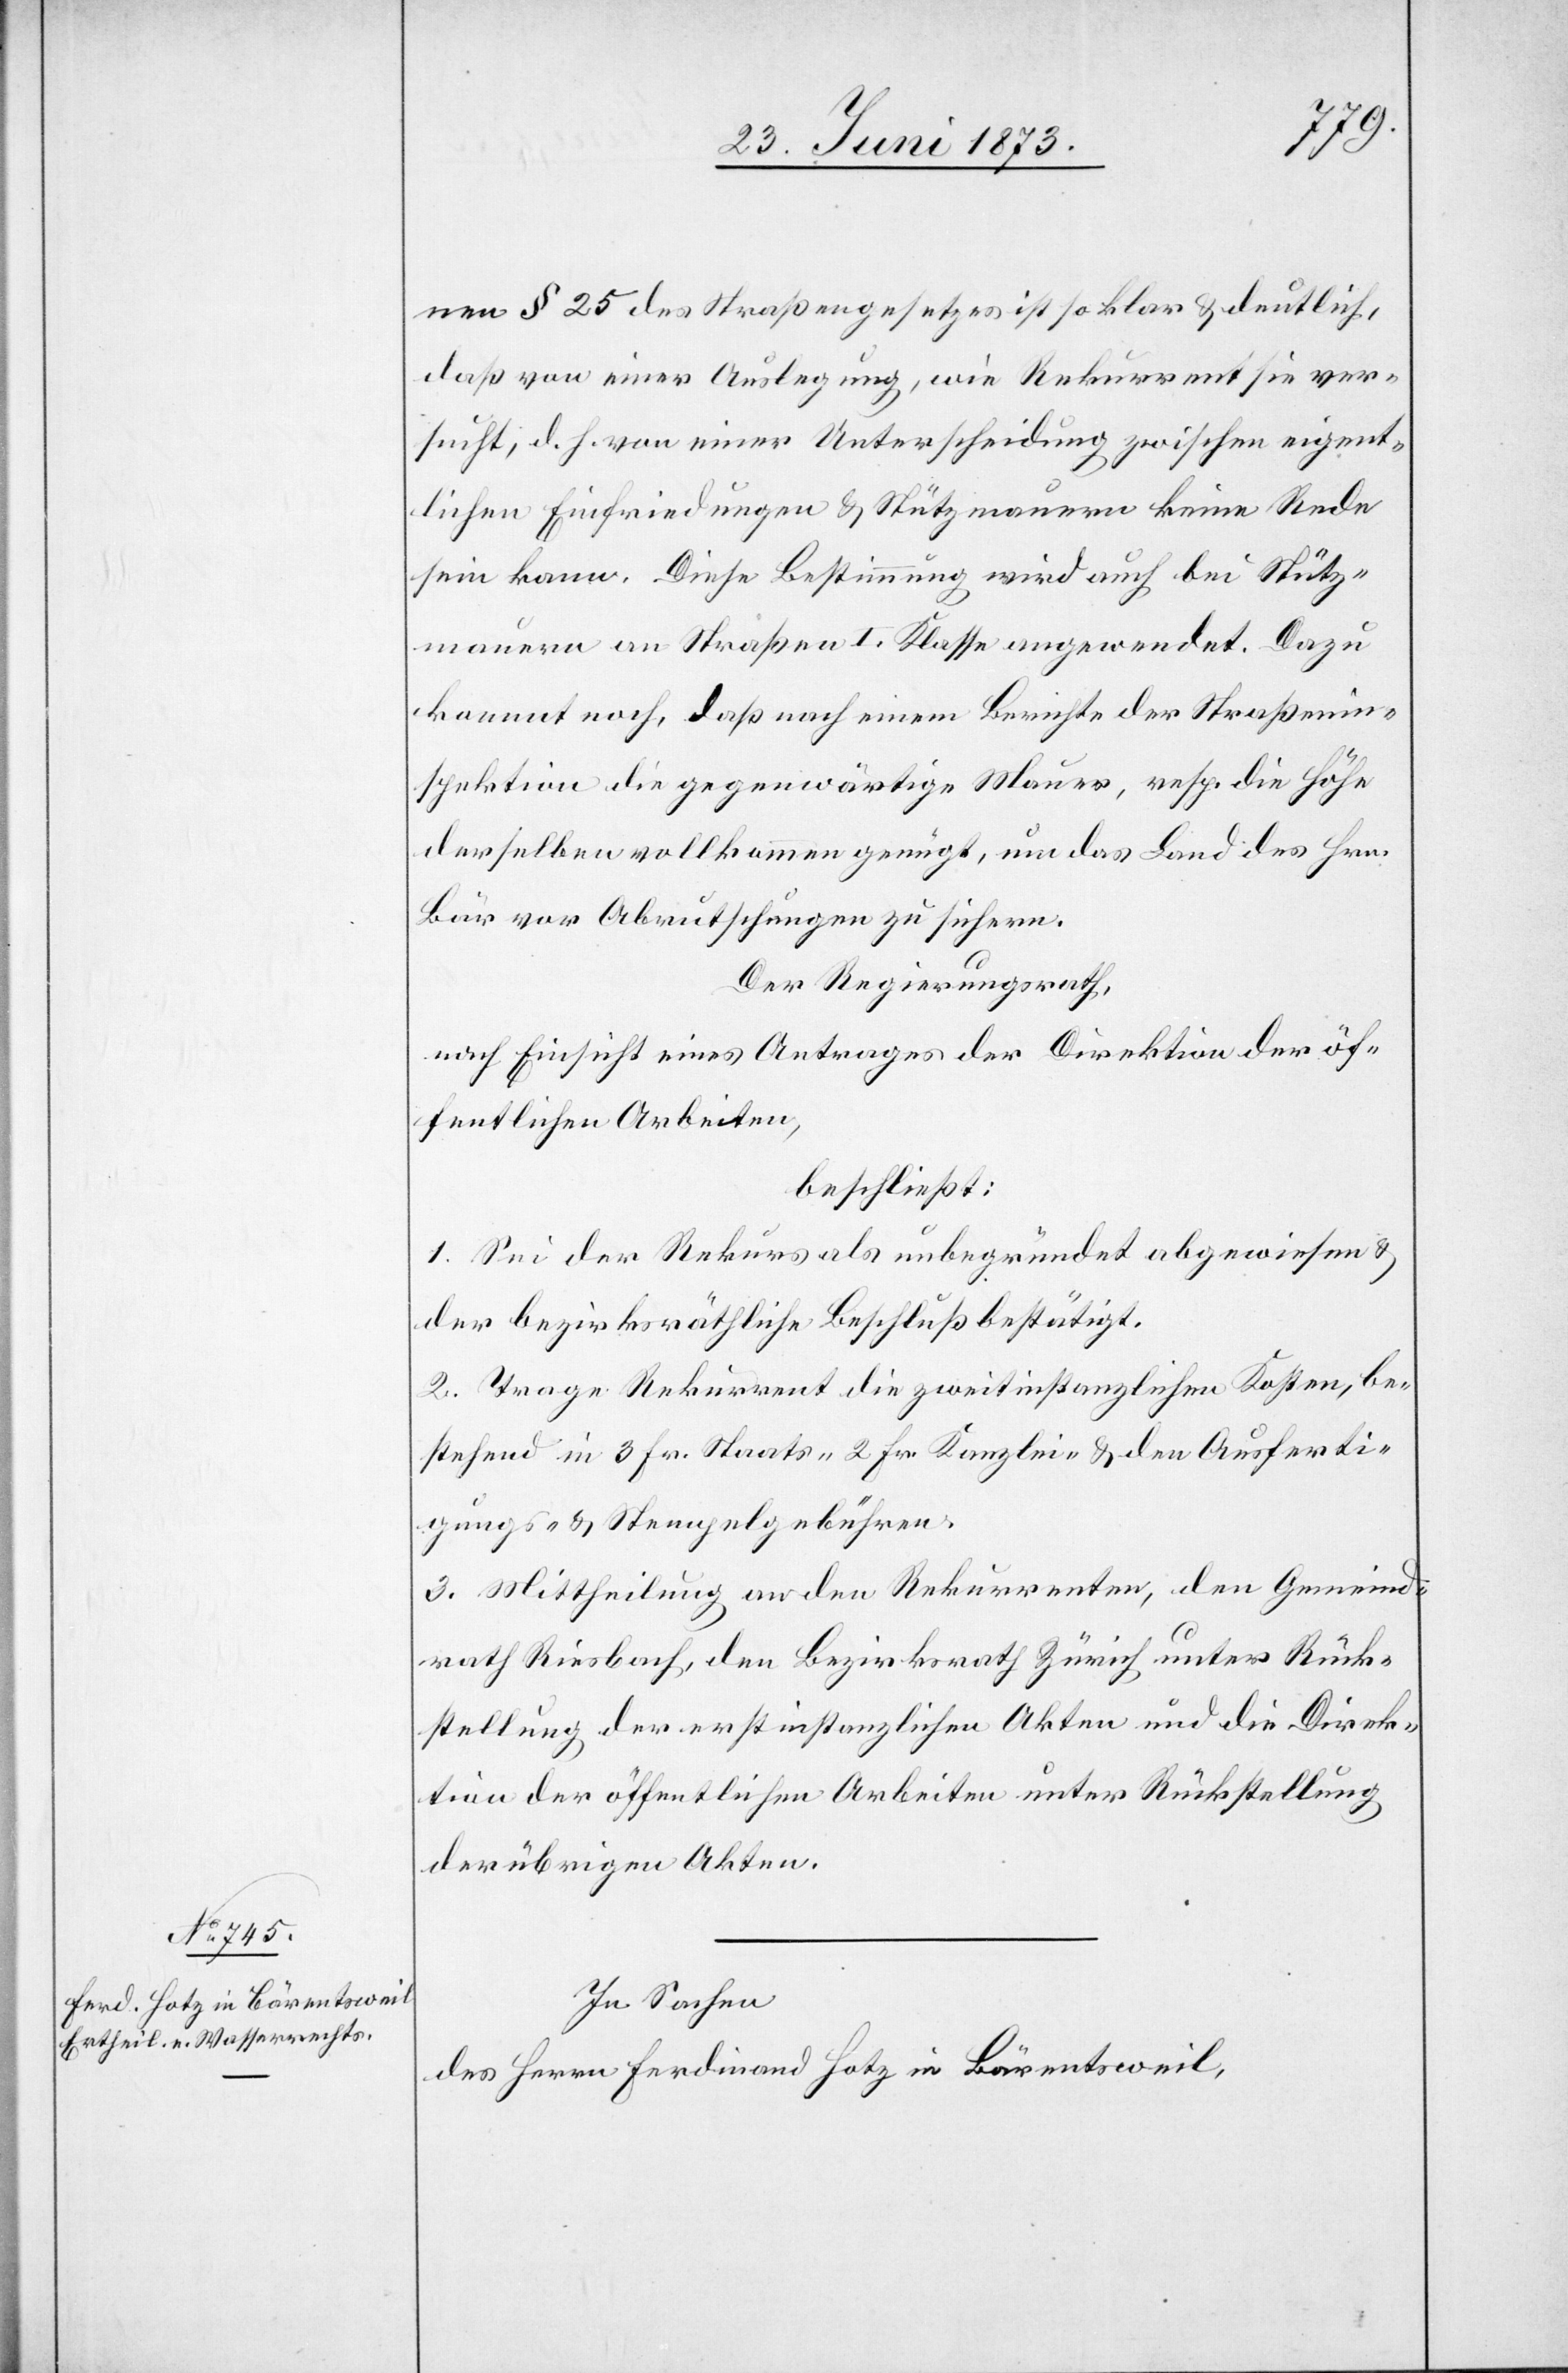
nen § 25 des Straßengesetzes ist so klar & deutlich,
daß von einer Auslegung, wie Rekurrent sie ver¬
sucht, d. h. von einer Unterscheidung zwischen eigent¬
lichen Einfriedungen & Stützmauern keine Rede
sein kann. Diese Bestimmung wird auch bei Stütz¬
mauern an Straßen I. Klasse angewendet. Dazu
kommt noch, daß nach einem Berichte der Straßenin¬
spektion die gegenwärtige Mauer, resp. die Höhe
derselben vollkommen genügt, um das Land des Hrn.
Bär vor Abrutschungen zu sichern.
Der Regierungsrath,
nach Einsicht eines Antrages der Direktion der öf¬
fentlichen Arbeiten,
beschließt:
1. Sei der Rekurs als unbegründet abgewiesen &
der bezirksräthliche Beschluß bestätigt.
2. Trage Rekurrent die zweitinstanzlichen Kosten, be¬
stehend in 3 Fr. Staats- 2 Fr. Kanzlei- & den Ausferti¬
gungs- & Stempelgebühren.
3. Mittheilung an den Rekurrenten, den Gemeind¬
rath Riesbach, den Bezirksrath Zürich unter Rück¬
stellung der erstinstanzlichen Akten und die Direk¬
tion der öffentlichen Arbeiten unter Rückstellung
der übrigen Akten.
In Sachen
des Herrn Ferdinand Hotz in Bärentsweil,